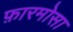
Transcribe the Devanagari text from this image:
फ़ारमोसा